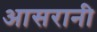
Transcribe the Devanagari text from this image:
आसरानी